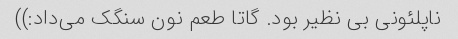
ناپلئونی بی نظیر بود. گاتا طعم نون سنگک می‌داد:))